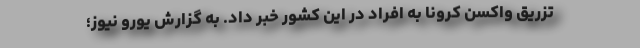
تزریق واکسن کرونا به افراد در این کشور خبر داد. به گزارش یورو نیوز؛